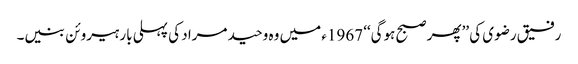
رفیق رضوی کی ’’پھر صبح ہوگی‘‘ 1967ء میں وہ وحید مراد کی پہلی بار ہیروئن بنیں۔